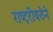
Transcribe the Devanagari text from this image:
राष्ट्रीयतेने